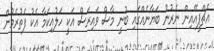
އެޗްޕީއޭއިން ނެރުނު ބަޔާނެއްގައި ބުނީ މާސް ވައިރަސް އަކީ ހަލުއިކަމާ އެކު ފެތުރެމުން